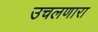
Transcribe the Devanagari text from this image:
उचलणारा